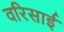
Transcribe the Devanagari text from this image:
वरिसाई